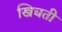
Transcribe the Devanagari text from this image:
खिचती